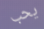
يحب